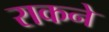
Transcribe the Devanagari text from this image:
राकने